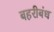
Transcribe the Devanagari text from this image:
बहरीबंध